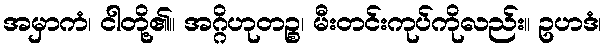
အမှာကံ၊ ငါတို့၏။ အဂ္ဂိဟုတဉ္စ၊ မီးတင်းကုပ်ကိုလည်း။ ဥဟဒံ၊